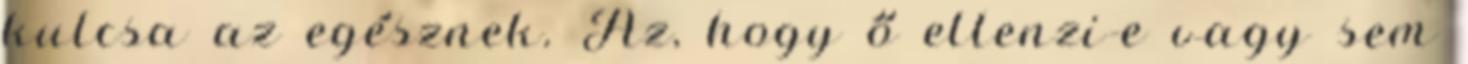
kulcsa az egésznek. Az, hogy ő ellenzi-e vagy sem